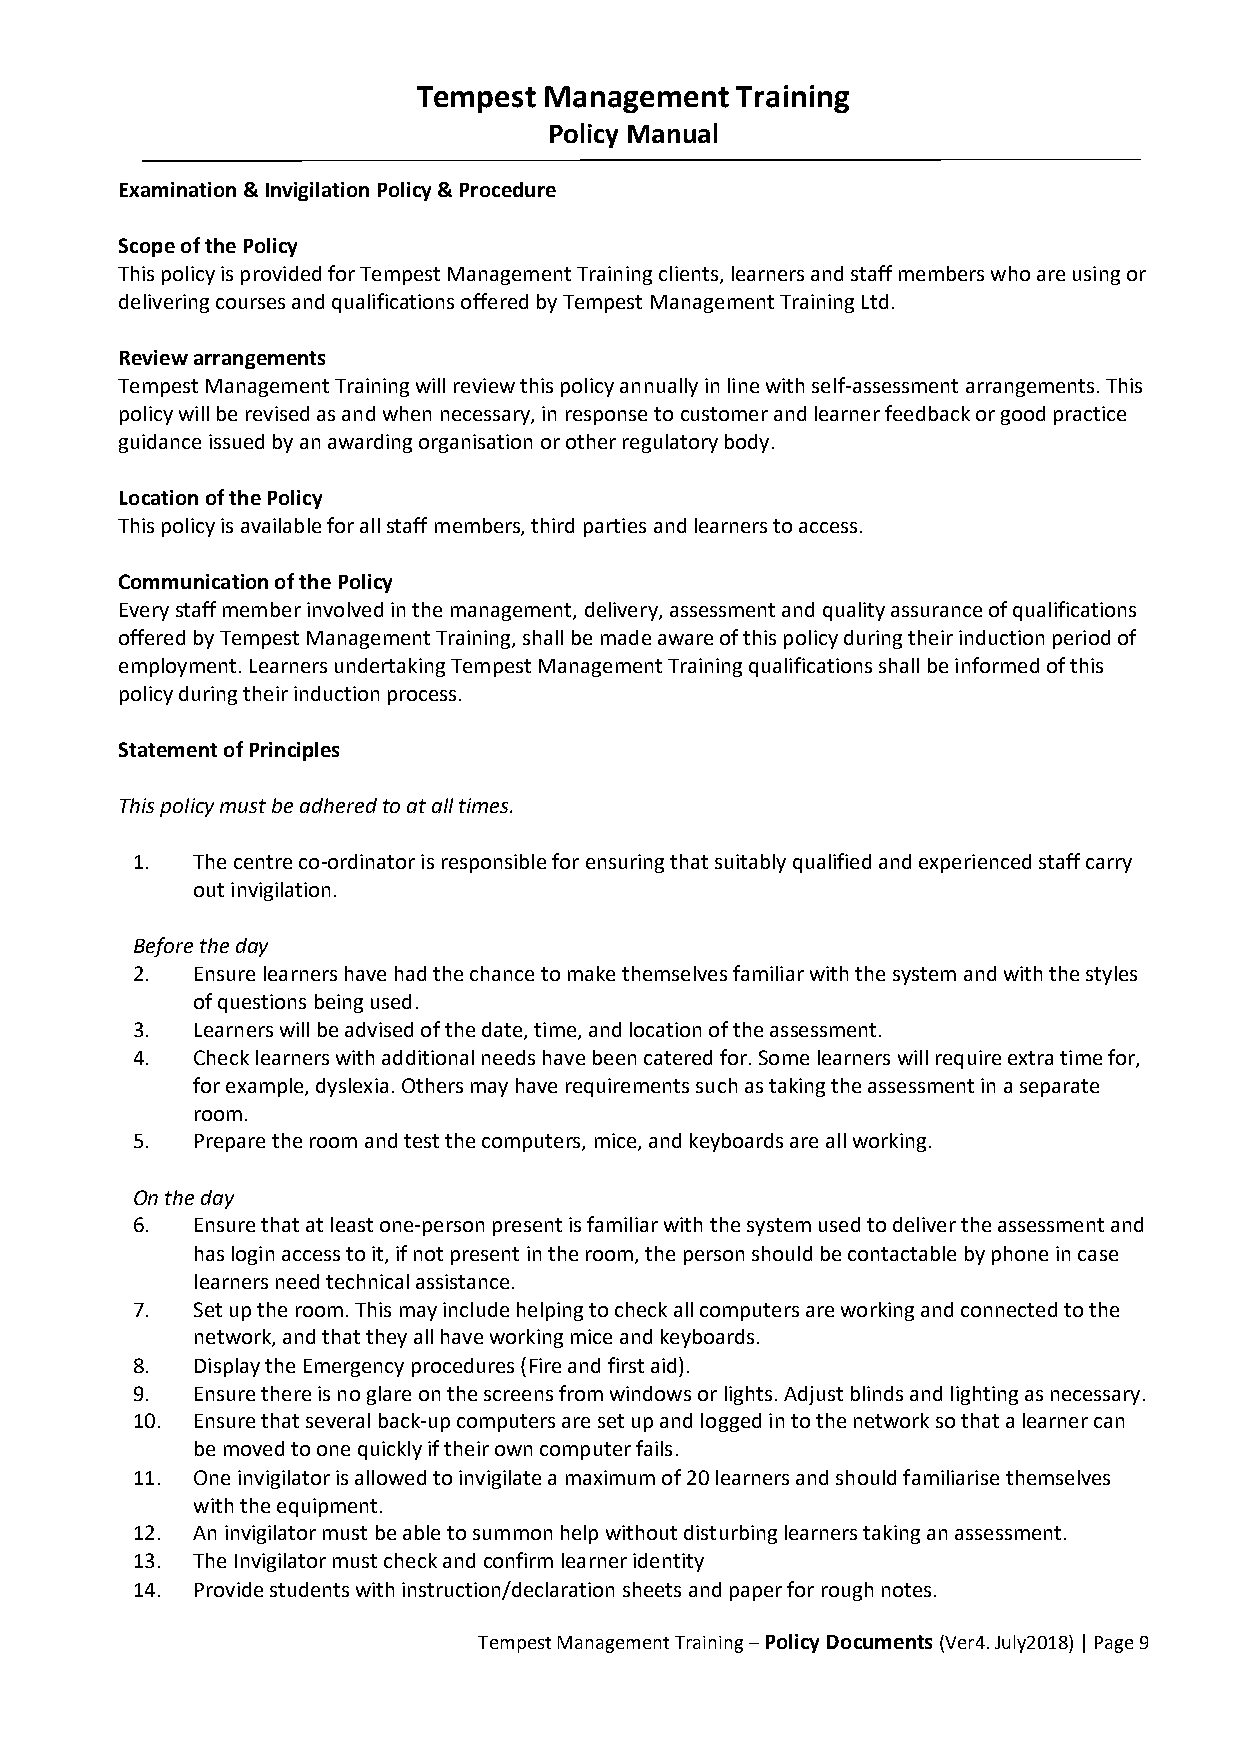
Tempest Management   Training
 Policy Manual
 Examination & Invigilation Policy & Procedure
 Scope of the Policy
 This policy is provided for Tempest Management Training clients, learners and staff members who are using or
 delivering courses and qualifications offered by Tempest Management Training Ltd.
 Review arrangements
 Tempest Management Training will review this policy annually in line with self-assessment arrangements. This
 policy will be revised as and when necessary, in response to customer and learner feedback or good practice
 guidance issued by an awarding organisation or other regulatory body.
 Location of the Policy
 This policy is available for all staff members, third parties and learners to access.
 Communication of the Policy
 Every staff member involved in the management, delivery, assessment and quality assurance of qualifications
 offered by Tempest Management Training, shall be made aware of this policy during their induction period of
 employment. Learners undertaking Tempest Management Training qualifications shall be informed of this
 policy during their induction process.
 Statement of Principles
 This policy must be adhered to at all times.
 1.  The centre co-ordinator is responsible for ensuring that suitably qualified and experienced staff carry
 out invigilation.
 Before the day
 2.  Ensure learners have had the chance to make themselves familiar with the system and with the styles
 of questions being used.
 3.  Learners will be advised of the date, time, and location of the assessment.
 4.  Check learners with additional needs have been catered for. Some learners will require extra time for,
 for example, dyslexia. Others may have requirements such as taking the assessment in a separate
 room.
 5.  Prepare the room and test the computers, mice, and keyboards are all working.
 On the day
 6.  Ensure that at least one-person present is familiar with the system used to deliver the assessment and
 has login access to it, if not present in the room, the person should be contactable by phone in case
 learners need technical assistance.
 7.  Set up the room. This may include helping to check all computers are working and connected to the
 network, and that they all have working mice and keyboards.
 8.  Display the Emergency procedures (Fire and first aid).
 9.  Ensure there is no glare on the screens from windows or lights. Adjust blinds and lighting as necessary.
 10. Ensure that several back-up computers are set up and logged in to the network so that a learner can
 be moved to one quickly if their own computer fails.
 11. One invigilator is allowed to invigilate a maximum of 20 learners and should familiarise themselves
 with the equipment.
 12. An invigilator must be able to summon help without disturbing learners taking an assessment.
 13. The Invigilator must check and confirm learner identity
 14. Provide students with instruction/declaration sheets and paper for rough notes.
 Tempest Management Training – Policy Documents (Ver4. July2018) | Page 9